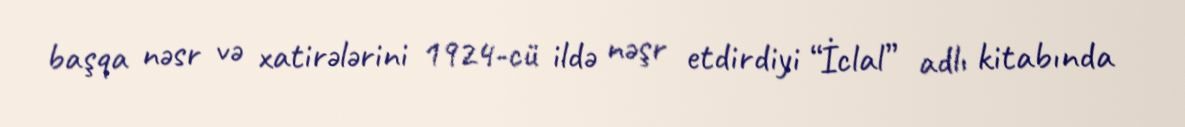
başqa nəsr və xatirələrini 1924-cü ildə nəşr etdirdiyi “İclal” adlı kitabında